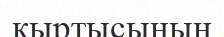
қыртысының